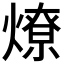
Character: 燎